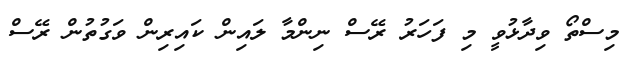
މިސްތޯ ވިދާޅުވީ މި ފަހަރު ރޭސް ނިންމާ ލައިން ކައިރިން ވަގުތުން ރޭސް